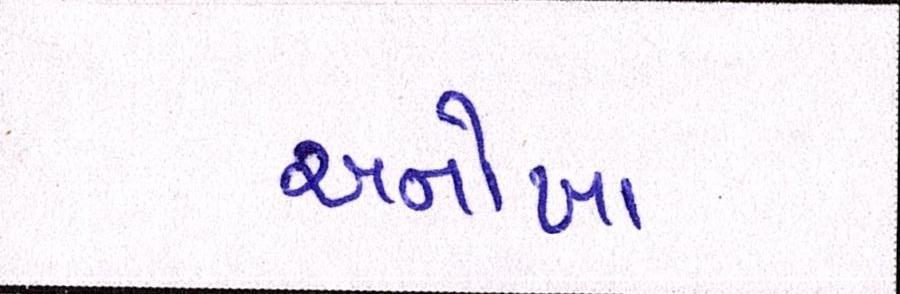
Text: અનોખા